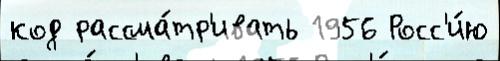
код рассма́тр'ивать 1956 Росс'и́ю